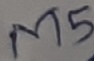
Text: M5